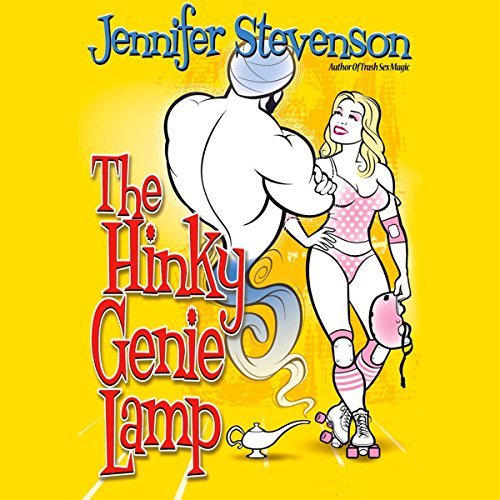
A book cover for The Hinky Genie Lamp; Jennifer Stevenson; Sports & Outdoors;